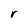
Character: r